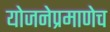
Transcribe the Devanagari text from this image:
योजनेप्रमाणेच